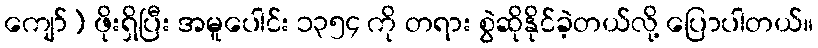
ကျော်) ဖိုးရှိပြီး အမူပေါင်း ၁၃၅၄ ကို တရား စွဲဆိုနိုင်ခဲ့တယ်လို့ ပြောပါတယ်။